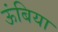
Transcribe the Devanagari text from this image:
ऊंबिया